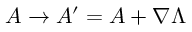
A \to A ^ { \prime } = A + \nabla \Lambda